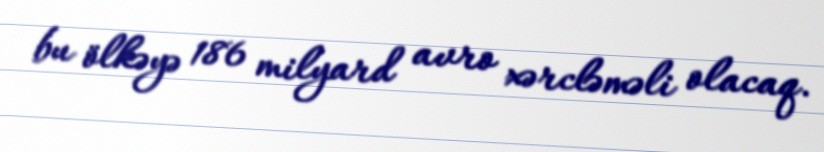
bu ölkəyə 186 milyard avro xərcləməli olacaq.